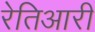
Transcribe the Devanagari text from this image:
रेतिआरी